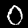
Digit: 0